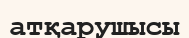
атқарушысы